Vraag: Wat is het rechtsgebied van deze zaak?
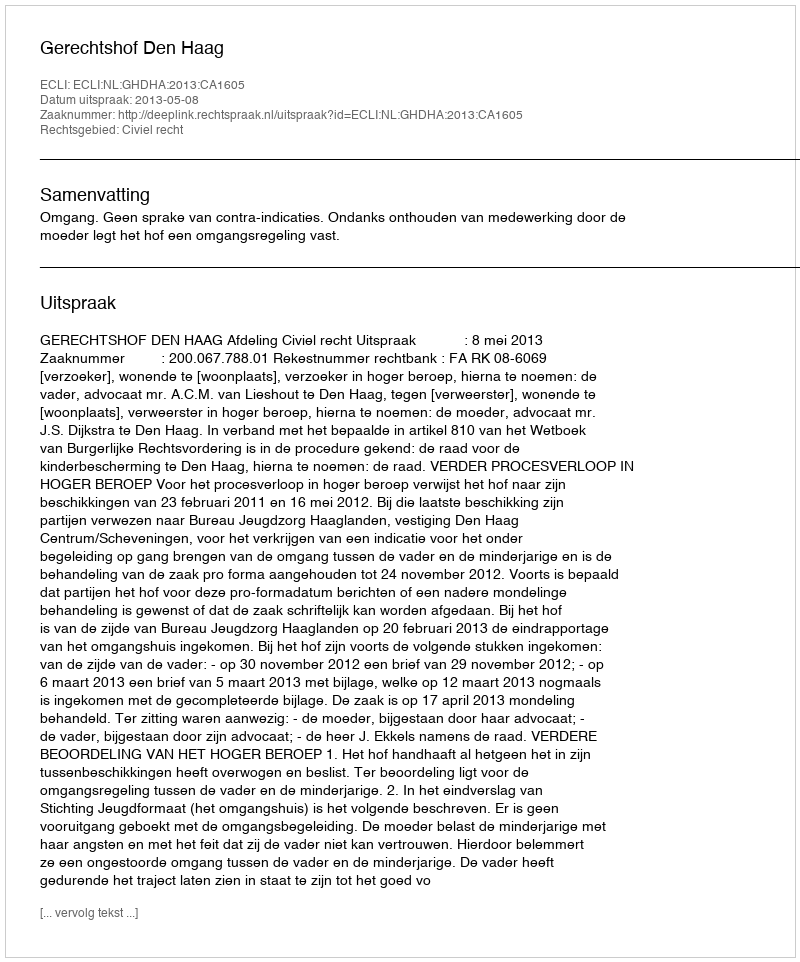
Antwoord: Civiel recht